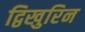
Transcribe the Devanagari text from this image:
द्विखुरिन